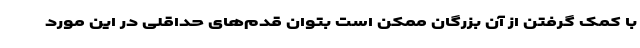
با کمک گرفتن از آن بزرگان ممکن است بتوان قدم‌های حداقلی در این مورد